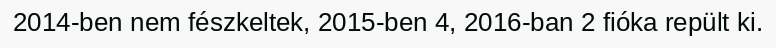
2014-ben nem fészkeltek, 2015-ben 4, 2016-ban 2 fióka repült ki.